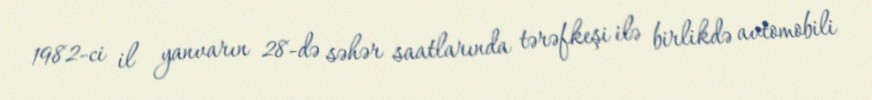
1982-ci il yanvarın 28-də səhər saatlarında tərəfkeşi ilə birlikdə avtomobili